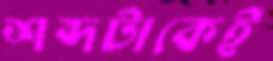
শব্দটাকেই